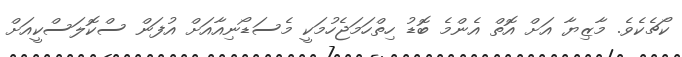
ކޯޗެކެވެ. މާޒިޔާ އަށް އޮތް އެންމެ ބޮޑު ހިތްހަމަޖެހުމަކީ މެސަޑޯނިއާއަށް އުފަން ސްކޮލަސްކީއަށް